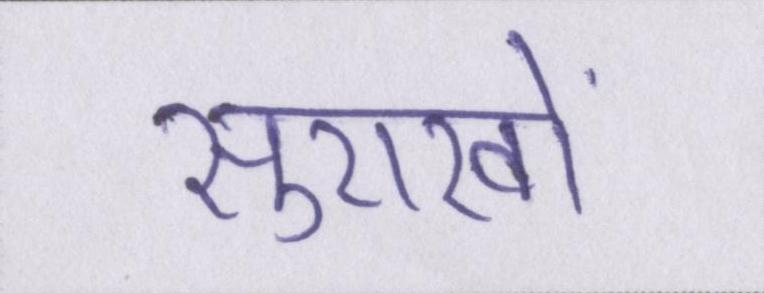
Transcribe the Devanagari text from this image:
सुराखों